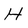
Character: H